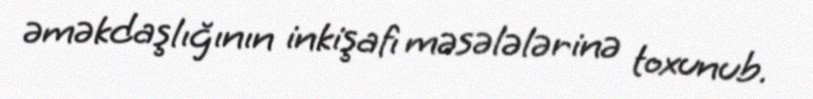
əməkdaşlığının inkişafı məsələlərinə toxunub.